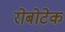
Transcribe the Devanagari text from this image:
रोबोटेक